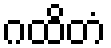
ဂထိတံ